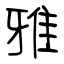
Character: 雅